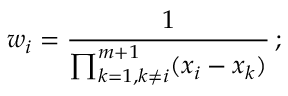
w _ { i } = \frac { 1 } { \prod _ { k = 1 , k \neq i } ^ { m + 1 } ( x _ { i } - x _ { k } ) } \, ;